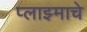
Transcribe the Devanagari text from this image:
प्लाझ्माचे